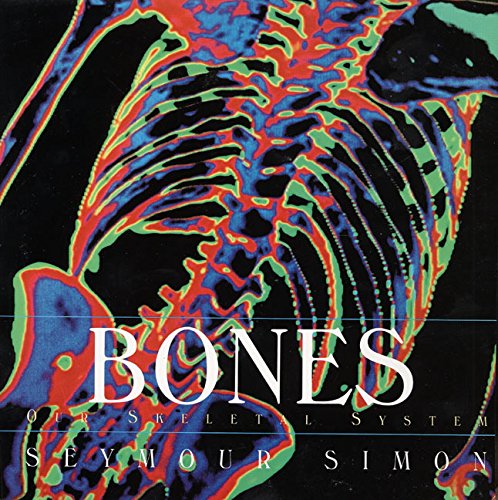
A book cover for Bones: Our Skeletal System; Seymour Simon; Children's Books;